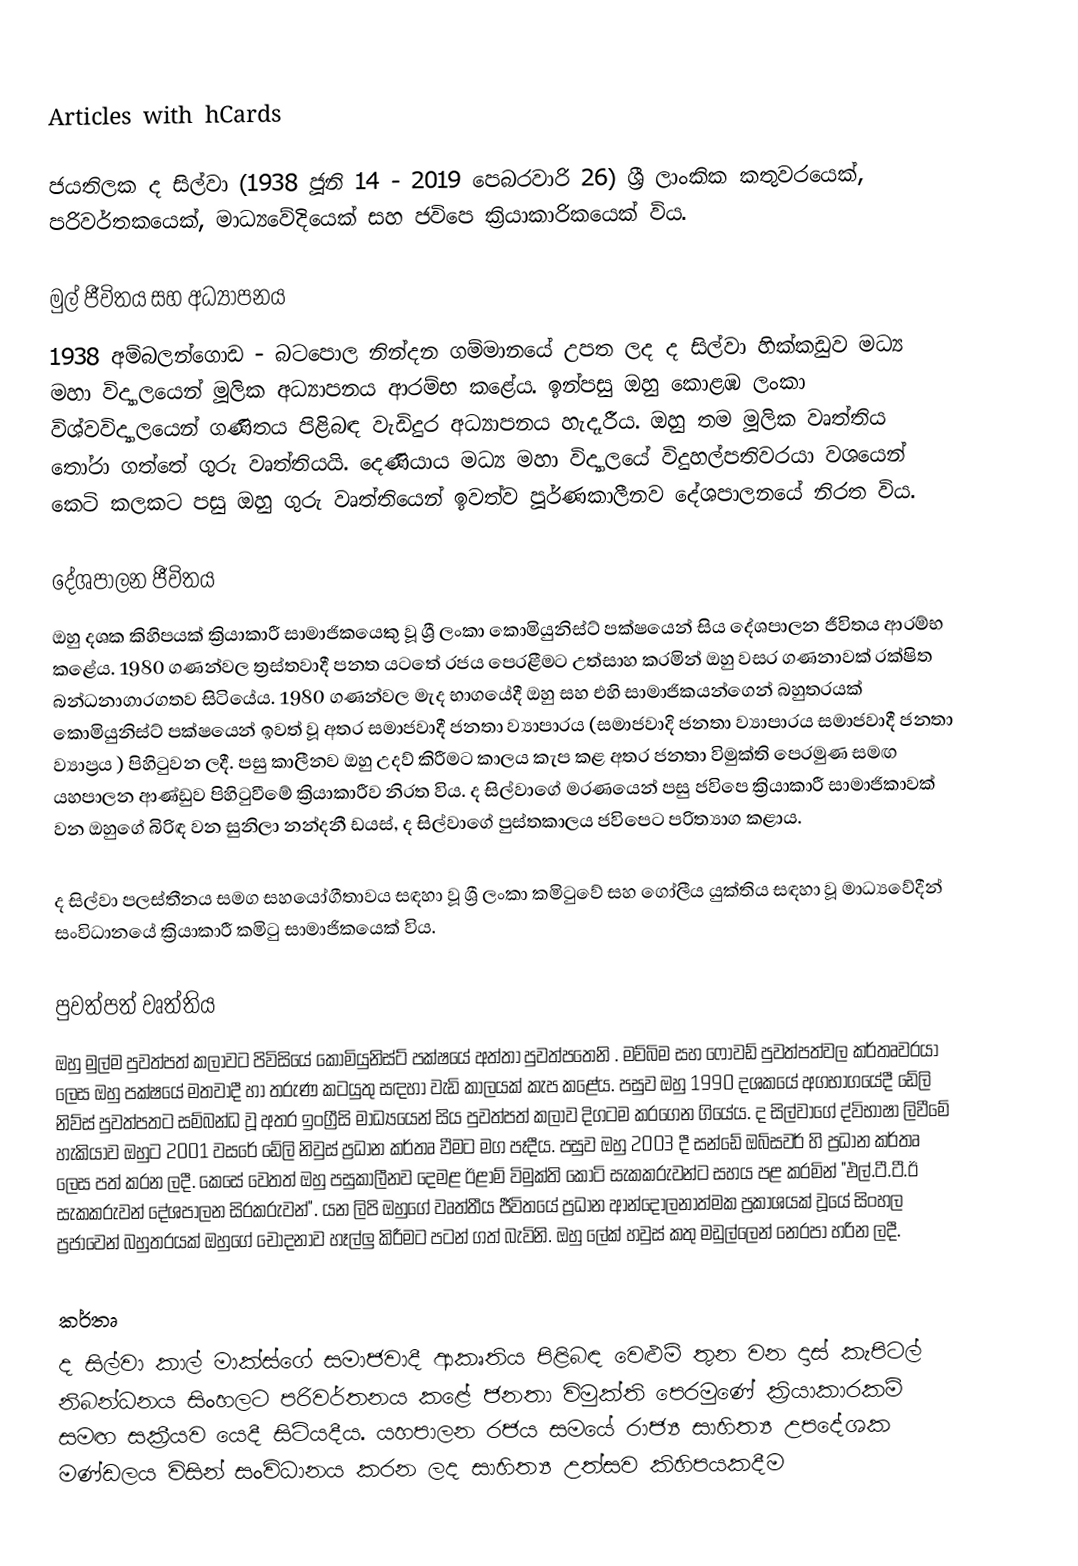
Articles with hCards

ජයතිලක ද සිල්වා (1938 ජූනි 14 - 2019 පෙබරවාරි 26)  ශ්‍රී ලාංකික කතුවරයෙක්, පරිවර්තකයෙක්, මාධ්‍යවේදියෙක් සහ ජවිපෙ ක්‍රියාකාරිකයෙක් විය.

මුල් ජීවිතය සහ අධ්‍යාපනය
1938 අම්බලන්ගොඩ - බටපොල නින්දන ගම්මානයේ උපත ලද ද සිල්වා හික්කඩුව මධ්‍ය මහා විද්‍යාලයෙන් මූලික අධ්‍යාපනය ආරම්භ කළේය. ඉන්පසු ඔහු කොළඹ ලංකා විශ්වවිද්‍යාලයෙන් ගණිතය පිළිබඳ වැඩිදුර අධ්‍යාපනය හැදෑරීය. ඔහු තම මූලික වෘත්තිය තෝරා ගත්තේ ගුරු වෘත්තියයි. දෙණියාය මධ්‍ය මහා විද්‍යාලයේ විදුහල්පතිවරයා වශයෙන් කෙටි කලකට පසු ඔහු ගුරු වෘත්තියෙන් ඉවත්ව පූර්ණකාලීනව දේශපාලනයේ නිරත විය.

දේශපාලන ජීවිතය
ඔහු දශක කිහිපයක් ක්‍රියාකාරී සාමාජිකයෙකු වූ ශ්‍රී ලංකා කොමියුනිස්ට් පක්ෂයෙන් සිය දේශපාලන ජීවිතය ආරම්භ කළේය. 1980 ගණන්වල ත්‍රස්තවාදී පනත යටතේ රජය පෙරළීමට උත්සාහ කරමින් ඔහු වසර ගණනාවක් රක්ෂිත බන්ධනාගාරගතව සිටියේය. 1980 ගණන්වල මැද භාගයේදී ඔහු සහ එහි සාමාජිකයන්ගෙන් බහුතරයක් කොමියුනිස්ට් පක්ෂයෙන් ඉවත් වූ අතර සමාජවාදී ජනතා ව්‍යාපාරය (සමාජවාදි ජනතා ව්‍යාපාරය සමාජවාදී ජනතා ව්‍යාප්‍රය ) පිහිටුවන ලදී. පසු කාලීනව ඔහු උදව් කිරීමට කාලය කැප කළ අතර ජනතා විමුක්ති පෙරමුණ සමඟ යහපාලන ආණ්ඩුව පිහිටුවීමේ ක්‍රියාකාරීව නිරත විය. ද සිල්වාගේ මරණයෙන් පසු ජවිපෙ ක්‍රියාකාරී සාමාජිකාවක් වන ඔහුගේ බිරිඳ වන සුනිලා නන්දනී ඩයස්, ද සිල්වාගේ පුස්තකාලය ජවිපෙට පරිත්‍යාග කළාය.

ද සිල්වා පලස්තීනය සමග සහයෝගීතාවය සඳහා වූ ශ්‍රී ලංකා කමිටුවේ සහ ගෝලීය යුක්තිය සඳහා වූ මාධ්‍යවේදීන් සංවිධානයේ ක්‍රියාකාරී කමිටු සාමාජිකයෙක් විය.

පුවත්පත් වෘත්තිය
ඔහු මුල්ම පුවත්පත් කලාවට පිවිසියේ කොමියුනිස්ට් පක්ෂයේ අත්තා පුවත්පතෙනි . මව්බිම සහ ෆෝවඩ් පුවත්පත්වල කර්තෘවරයා ලෙස ඔහු පක්ෂයේ මතවාදී හා තරුණ කටයුතු සඳහා වැඩි කාලයක් කැප කළේය. පසුව ඔහු 1990 දශකයේ අගභාගයේදී ඩේලි නිව්ස් පුවත්පතට සම්බන්ධ වූ අතර ඉංග්‍රීසි මාධ්‍යයෙන් සිය පුවත්පත් කලාව දිගටම කරගෙන ගියේය. ද සිල්වාගේ ද්විභාෂා ලිවීමේ හැකියාව ඔහුට 2001 වසරේ ඩේලි නිවුස් ප්‍රධාන කර්තෘ වීමට මග පෑදීය. පසුව ඔහු 2003 දී සන්ඩේ ඔබ්සවර් හි ප්‍රධාන කර්තෘ ලෙස පත් කරන ලදී. කෙසේ වෙතත් ඔහු පසුකාලීනව දෙමළ ඊළාම් විමුක්ති කොටි සැකකරුවන්ට සහය පළ කරමින් "එල්.ටී.ටී.ඊ සැකකරුවන් දේශපාලන සිරකරුවන්". යන ලිපි ඔහුගේ වෘත්තීය ජීවිතයේ ප්‍රධාන ආන්දෝලනාත්මක ප්‍රකාශයක් වූයේ සිංහල ප්‍රජාවෙන් බහුතරයක් ඔහුගේ චෝදනාව හෑල්ලු කිරීමට පටන් ගත් බැවිනි. ඔහු ලේක් හවුස් කතු මඩුල්ලෙන් නෙරපා හරින ලදී.

කර්තෘ
ද සිල්වා කාල් මාක්ස්ගේ සමාජවාදී ආකෘතිය පිළිබඳ වෙළුම් තුන වන දාස් කැපිටල් නිබන්ධනය සිංහලට පරිවර්තනය කළේ ජනතා විමුක්ති පෙරමුණේ ක්‍රියාකාරකම් සමඟ සක්‍රීයව යෙදී සිටියදීය. යහපාලන රජය සමයේ රාජ්‍ය සාහිත්‍ය උපදේශක මණ්ඩලය විසින් සංවිධානය කරන ලද සාහිත්‍ය උත්සව කිහිපයකදීම